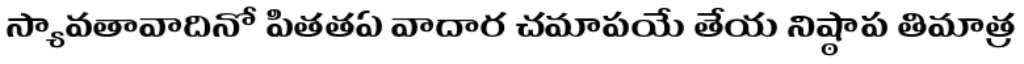
స్యావతావాదినో పితతఏ వాదార చమాపయే తేయ నిష్ఠాప తిమాత్ర